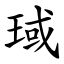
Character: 琙